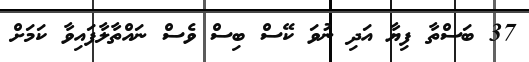
37 ބަސްތާ ފިޔާ އަދި ނުވަ ކޭސް ބިސް ވެސް ނައްތާލާފައިވާ ކަމަށް